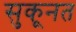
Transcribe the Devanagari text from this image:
सुकूनत